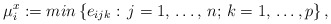
\begin{align*}\mu_{i}^{x}:=min\left\{ e_{ijk}: \thinspace j=1,\thinspace \mathellipsis ,\thinspace n;\thinspace k=1,\thinspace \mathellipsis ,p \right\}, \end{align*}